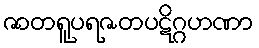
ဇာတရူပရဇတပဋိဂ္ဂဟဏာ